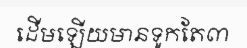
ដើមឡើយមានទូកតែ៣